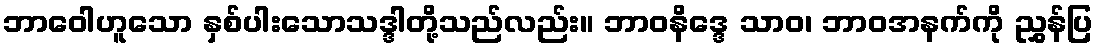
ဘာဝေါဟူသော နှစ်ပါးသောသဒ္ဒါတို့သည်လည်း။ ဘာဝနိဒ္ဒေ သာဝ၊ ဘာဝအနက်ကို ညွှန်ပြ